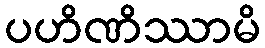
ပဟိဏိဿာမိ